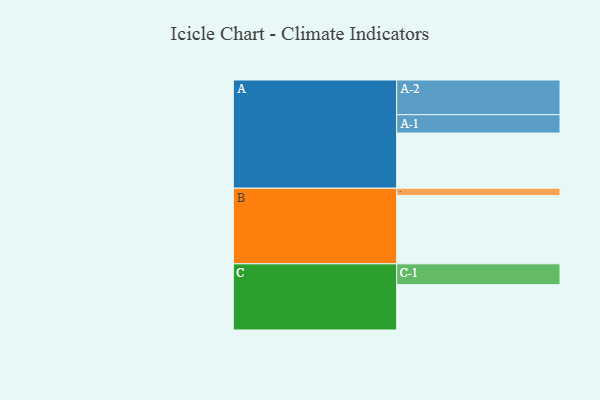
{"axis": {"x": "Segment", "y": "Value"}, "legend": ["", "A", "B", "C"], "data": [{"x": "A", "y": 450, "type": ""}, {"x": "B", "y": 558, "type": ""}, {"x": "C", "y": 370, "type": ""}, {"x": "A-1", "y": 150, "type": "A"}, {"x": "A-2", "y": 283, "type": "A"}, {"x": "B-1", "y": 59, "type": "B"}, {"x": "C-1", "y": 170, "type": "C"}]}